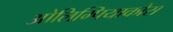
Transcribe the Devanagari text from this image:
ओलिम्पियाकोस